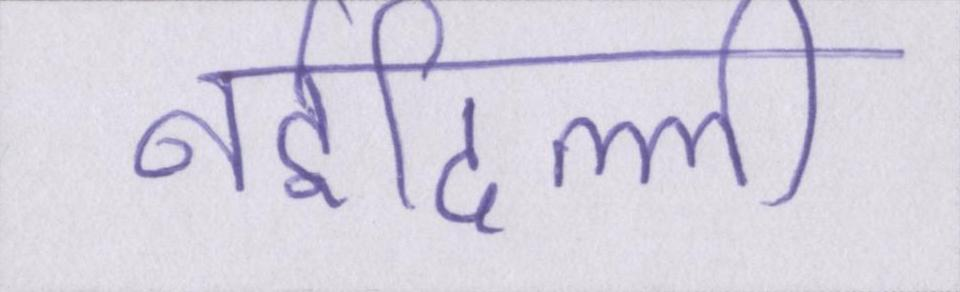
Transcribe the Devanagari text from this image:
नईदिल्ली